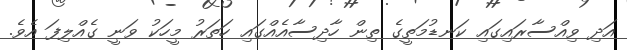
އަދި ވިއްސާރައިގައި ކަނޑުމަތީގެ ތިން ހާދިސާއެއްގައި ހަތަރު މީހަކު ވަނީ ގެއްލިފަ އެވެ.